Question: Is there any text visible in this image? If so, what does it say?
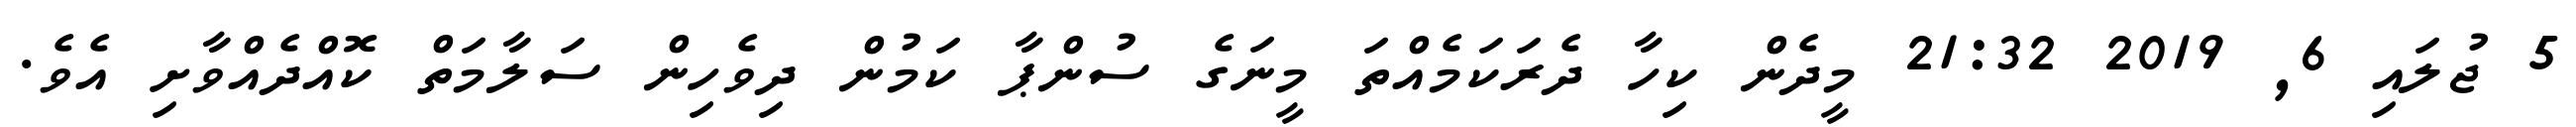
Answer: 5 ޖުލައި 6, 2019 21:32 މީދެން ކިހާ ދެރަކަމެއްތަ މީނަގެ ސުންޕާ ކަމުން ދިވެހިން ސަލާމަތް ކޮއްދެއްވާށި އެވެ.